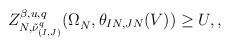
LaTeX: \begin{align*} Z^{\beta, u, q}_{N, \tilde{\nu}^q_{(I,J)}}(\Omega_N^{},\theta_{IN,JN}(V))\geq U_{}, ,\end{align*}